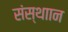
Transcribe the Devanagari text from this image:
संस्थाान